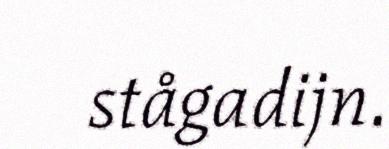
stågadijn.